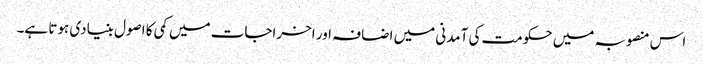
اس منصوبہ میں حکومت کی آمدنی میں اضافہ اور اخراجات میں کمی کا اصول بنیادی ہوتا ہے۔